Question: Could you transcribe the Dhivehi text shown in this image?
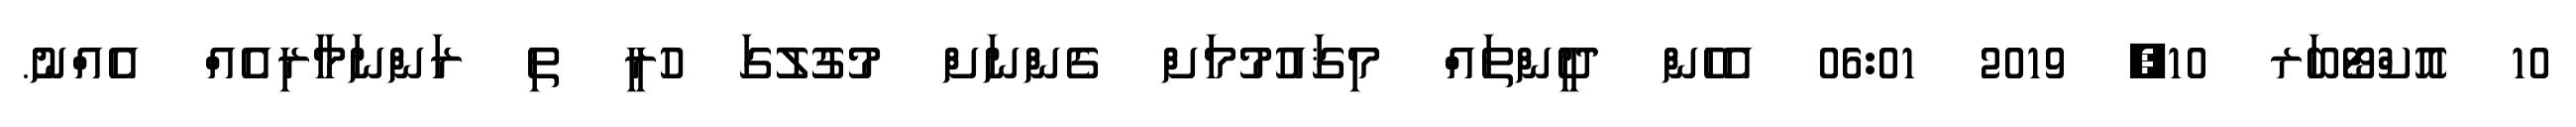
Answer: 10 އޮކްޓޯބަރ 10, 2019 06:01 އެހެން ދީންތައް މިޤައުމުމަށް ގެންނަށް މުގުލުގަ ހުރީ ތި ރަންނަމާރިއެއް އެއްނު.